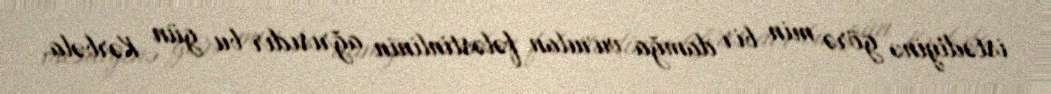
istədiyinə görə min bir damğa vurulan fələstinlinin ağrısıdır bu gün Kərbəla.